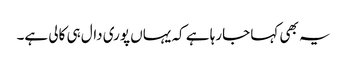
یہ بھی کہا جارہا ہے کہ یہاں پوری دال ہی کالی ہے۔